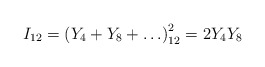
\begin{align*}I_{12} = \left(Y_4 + Y_8 + \ldots \right)_{12}^2 = 2 Y_4 Y_8\end{align*}